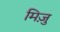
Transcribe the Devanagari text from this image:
मिज़ु